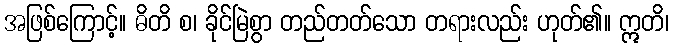
အဖြစ်ကြောင့်။ ဓိတိ စ၊ ခိုင်မြဲစွာ တည်တတ်သော တရားလည်း ဟုတ်၏။ ဣတိ၊